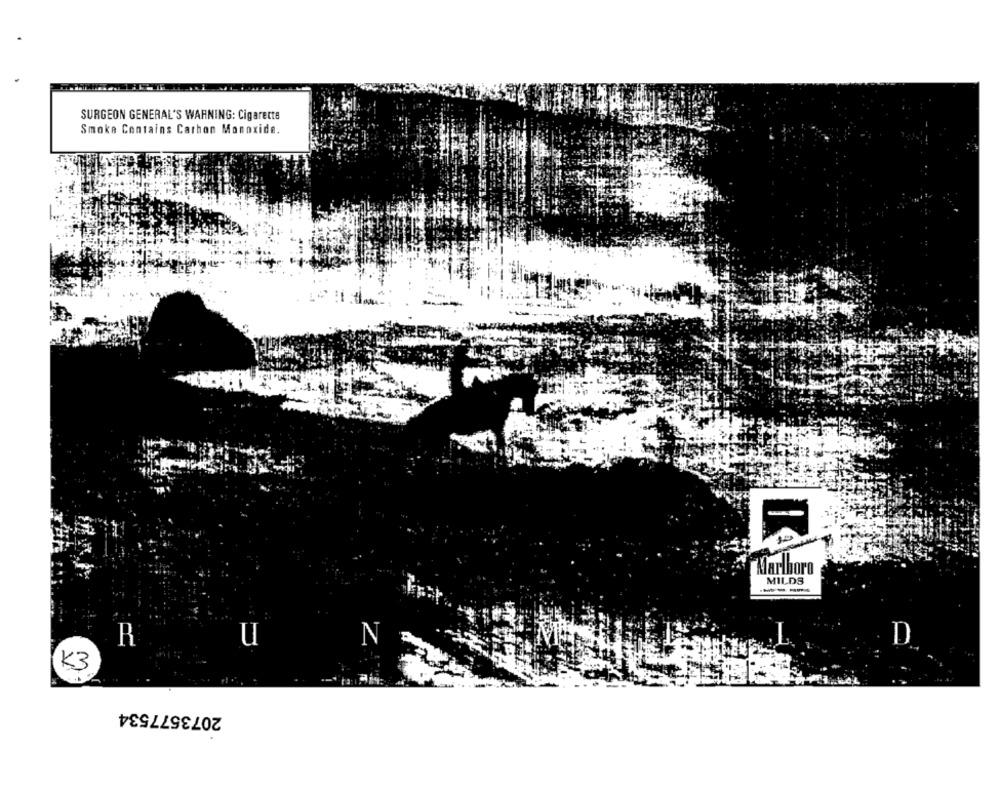
SURGEON GENERAL'S WARNING: Cigarette
Smoke Contains Carbon Monoxide.
Marlboro
MILDS
----
R
U
D
K3
2073577534